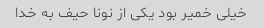
خیلی خمیر بود یکی از نونا حیف به خدا